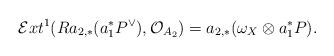
LaTeX: \begin{align*}\mathcal{E}xt^1(Ra_{2,*}(a_1^*P^{\vee}),\mathcal{O}_{A_2})=a_{2,*}(\omega_X\otimes a_1^*P).\end{align*}